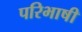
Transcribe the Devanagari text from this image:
परिभाषी